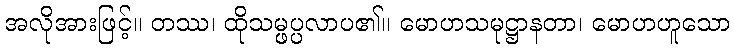
အလိုအားဖြင့်။ တဿ၊ ထိုသမ္ဖပ္ပလာပ၏။ မောဟသမုဋ္ဌာနတာ၊ မောဟဟူသော